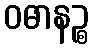
ဝဓာနဉ္စ